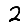
Digit: 2